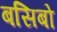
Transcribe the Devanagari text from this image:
बसिबो